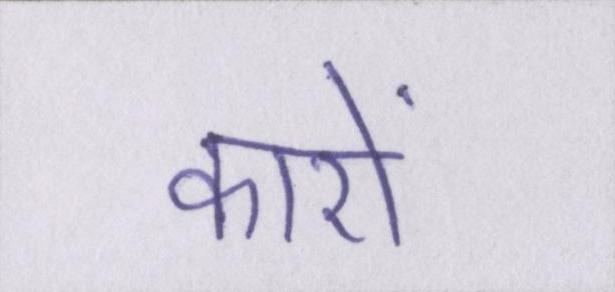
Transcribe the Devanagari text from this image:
कारों